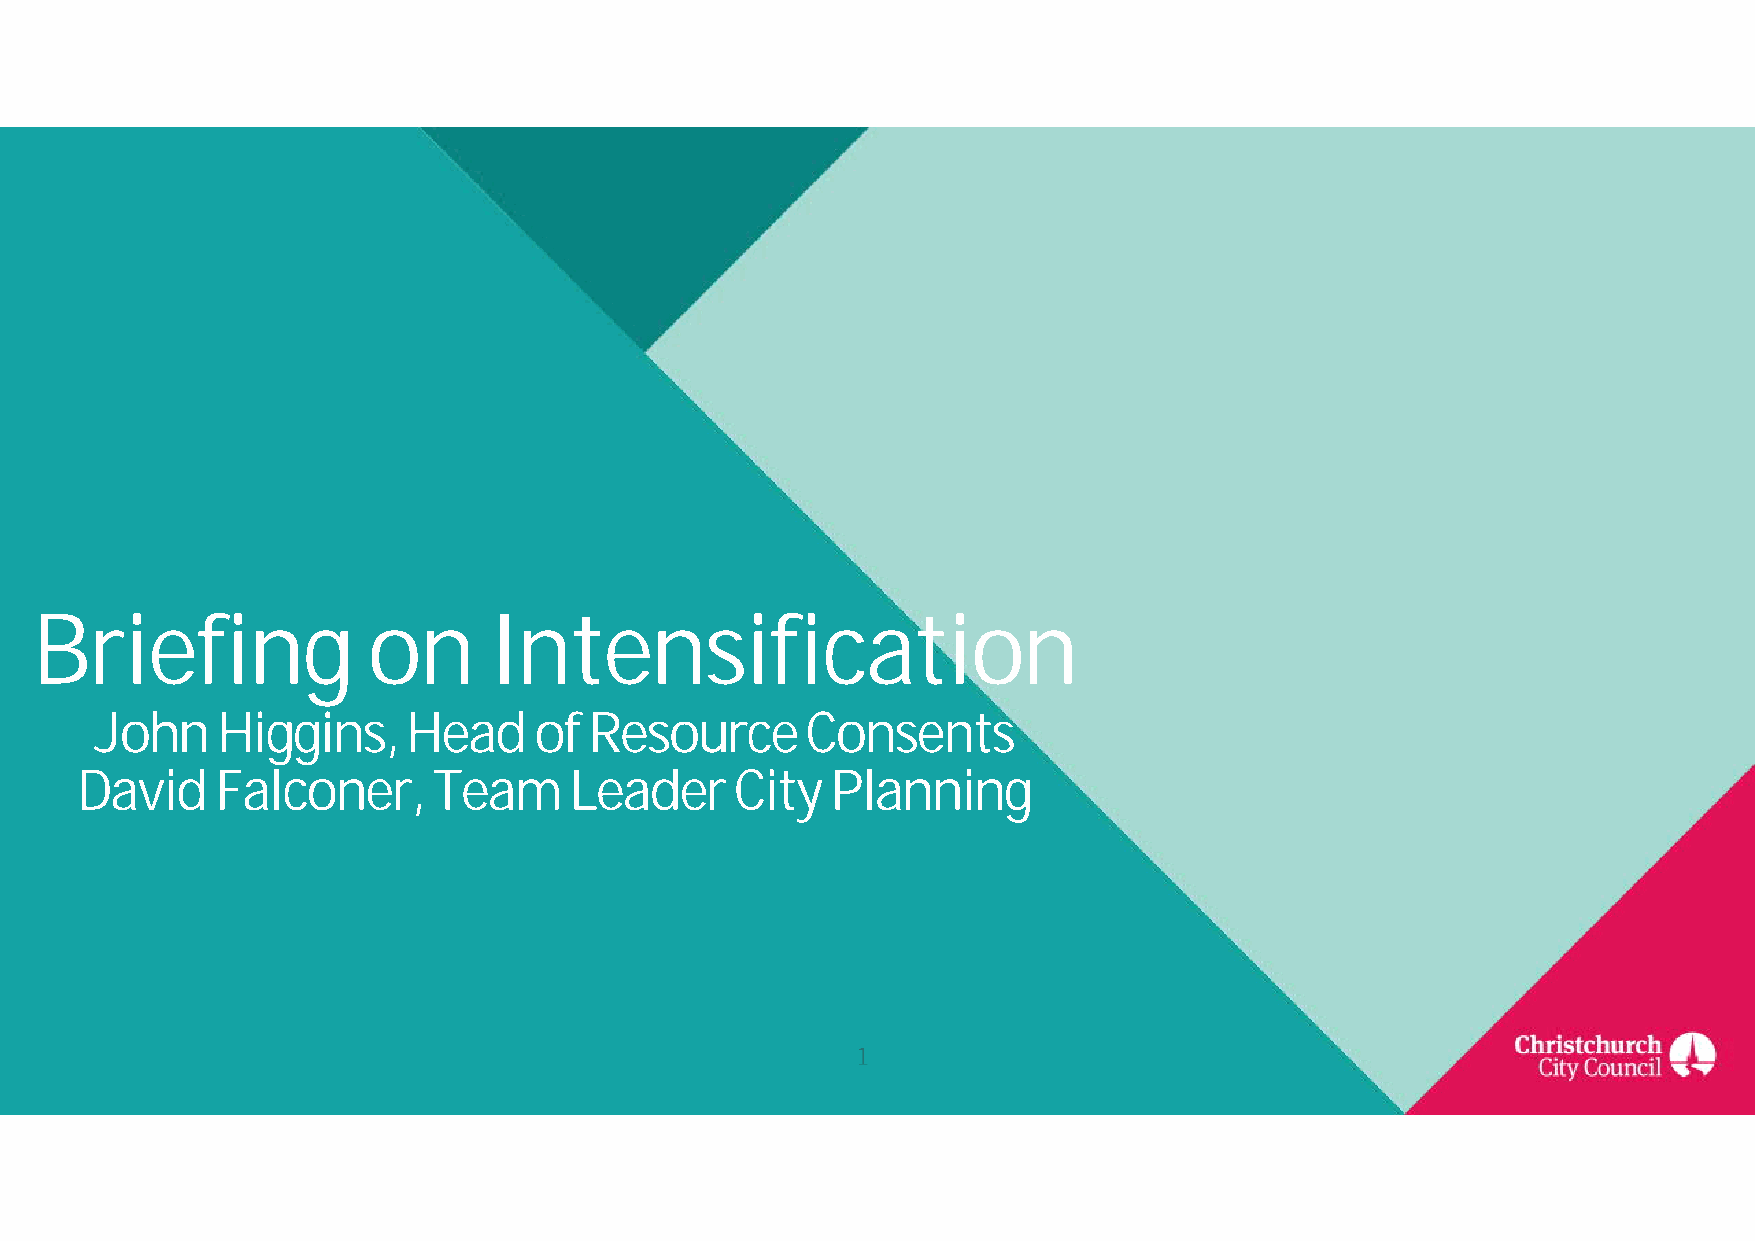
Briefing              on      Intensification
 John    Higgins,     Head    of  Resource      Consents
 David    Falconer,      Team     Leader     City  Planning